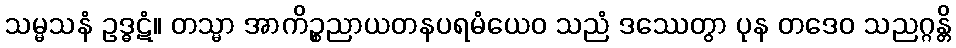
သမ္မသနံ ဥဒ္ဓဋံ။ တသ္မာ အာကိဉ္စညာယတနပရမံယေဝ သညံ ဒဿေတွာ ပုန တဒေဝ သညဂ္ဂန္တိ